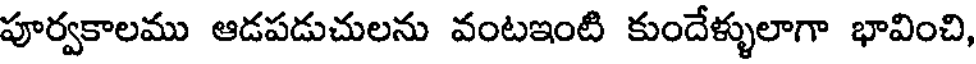
పూర్వకాలము ఆడపడుచులను వంటఇంటి కుందేళ్ళులాగా భావించి,